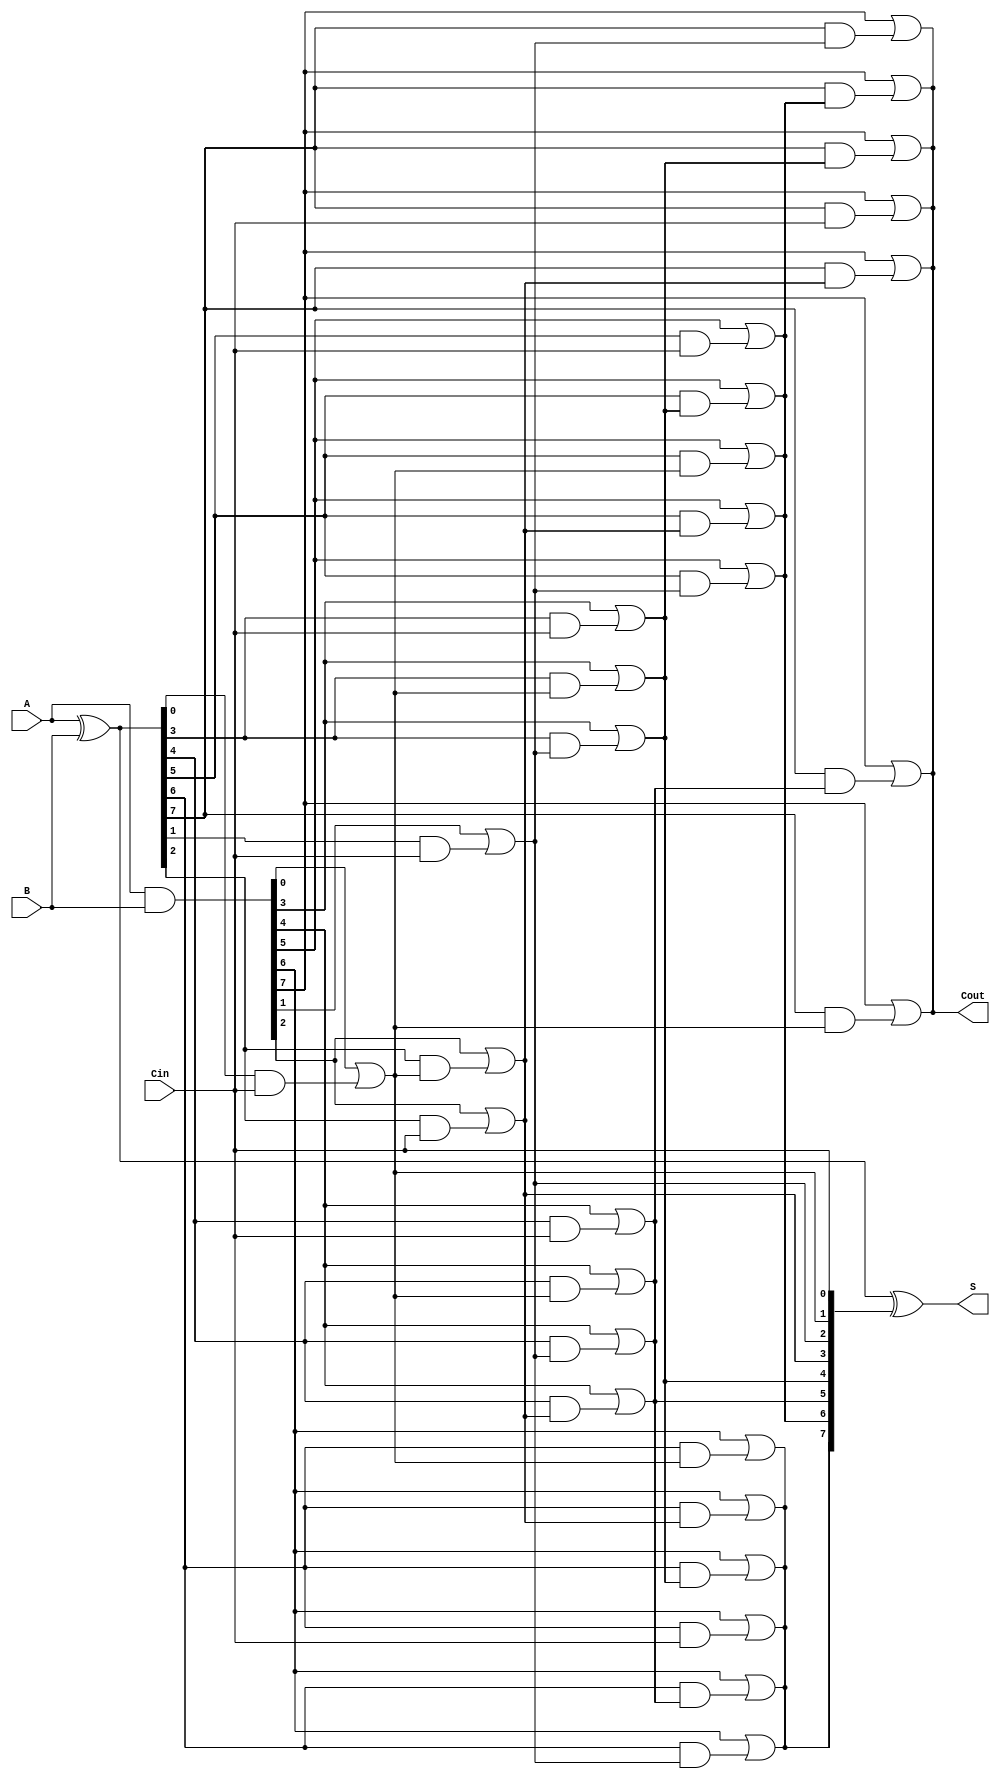
module ParallelPrefixAdder #(
    parameter N = 8 // Number of bits
)(
    input  [N-1:0] A,     // First operand
    input  [N-1:0] B,     // Second operand
    input          Cin,    // Carry input
    output [N-1:0] S,     // Sum output
    output         Cout     // Carry output
);

    // Generate and Propagate signals
    wire [N-1:0] P; // Propagate
    wire [N-1:0] G; // Generate
    wire [N:0] C;    // Carry signals

    // Preprocessing stage: Calculate P and G
    assign P = A ^ B;
    assign G = A & B;

    // Carry signals initialization
    assign C[0] = Cin;

    // Kogge-Stone Prefix Tree for carry generation
    genvar i, j;

    // Level 1
    generate
        for (i = 0; i < N; i = i + 1) begin : level1
            if (i == 0) begin
                assign C[i + 1] = G[i] | (P[i] & C[i]);
            end else begin
                assign C[i + 1] = G[i] | (P[i] & C[i - 1]);
            end
        end
    endgenerate

    // Level 2 and beyond
    generate
        for (j = 1; j < N; j = j + 1) begin : levels
            for (i = 0; i < N - j; i = i + 1) begin : inner_levels
                assign C[i + j + 1] = G[i + j] | (P[i + j] & C[i]);
            end
        end
    endgenerate

    // Final output carry
    assign Cout = C[N];

    // Sum calculation
    assign S = P ^ C[N-1:0];

endmodule